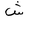
Letter: _shin